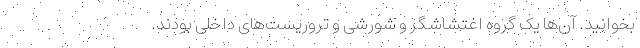
بخوانید. آن‌ها یک گروه اغتشاشگر و شورشی و تروریست‌های داخلی بودند.